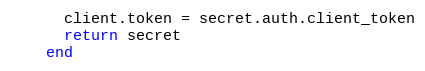
Language: Ruby
      client.token = secret.auth.client_token
      return secret
    end